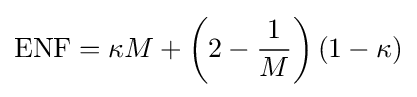
{\text{ENF}}=\kappa M+\left(2-{\frac {1}{M}}\right)(1-\kappa )